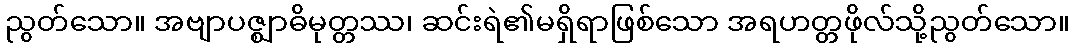
ညွတ်သော။ အဗျာပဇ္ဈာဓိမုတ္တဿ၊ ဆင်းရဲ၏မရှိရာဖြစ်သော အရဟတ္တဖိုလ်သို့ညွတ်သော။